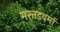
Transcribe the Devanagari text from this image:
मरतडवर्मा